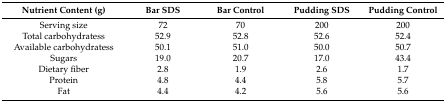
| Nutrient Content (g) | Bar SDS | Bar Control | Pudding SDS | Pudding Control |
 | --- | --- | --- | --- | --- |
 | Serving size | 72 | 70 | 200 | 200 |
 | Total carbohydratess | 52.9 | 52.8 | 52.6 | 52.4 |
 | Available carbohydratess | 50.1 | 51.0 | 50.0 | 50.7 |
 | Sugars | 19.0 | 20.7 | 17.0 | 43.4 |
 | Dietary fiber | 2.8 | 1.9 | 2.6 | 1.7 |
 | Protein | 4.8 | 4.4 | 5.8 | 5.7 |
 | Fat | 4.4 | 4.2 | 5.6 | 5.6 |